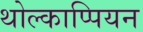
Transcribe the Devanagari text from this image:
थोल्काप्पियन